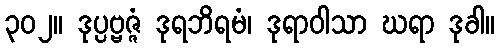
၃၀၂။ ဒုပ္ပဗ္ဗဇ္ဇံ ဒုရဘိရမံ၊ ဒုရာဝါသာ ဃရာ ဒုခါ။